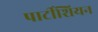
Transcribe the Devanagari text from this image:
पार्टीशियन